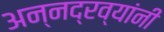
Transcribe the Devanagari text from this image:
अन्नद्रव्यांनी